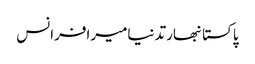
پاکستانبھارتدنیامیرافرانس